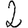
Digit: 2